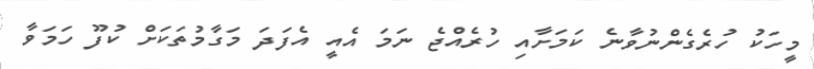
މީހަކު ހުރެގެންނުވާނެ ކަމަށާއި ހުރެއްޖެ ނަމަ އެއީ އެފަދަ މަގާމުތަކަށް ކުފޫ ހަމަވާ